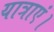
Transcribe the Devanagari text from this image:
यात्राएं।